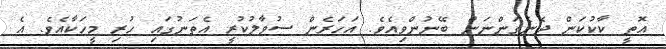
އޮތީ ކާކުކަން ދެނެގަންނަން ބޭނުންވިއެވެ. އަހަރެން ސުވާލުކުރީ އެތަނުގައި ހުރި މީހަކާއެވެ. އެ